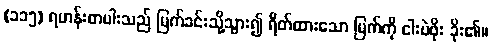
(၁၁၅) ရဟန်းတပါးသည် မြက်ခင်းသို့သွား၍ ရိတ်ထားသော မြက်ကို ငါးပဲဖိုး ခိုး၏။